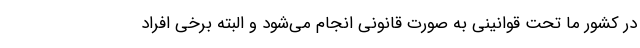
در کشور ما تحت قوانینی به صورت قانونی انجام می‌شود و البته برخی افراد